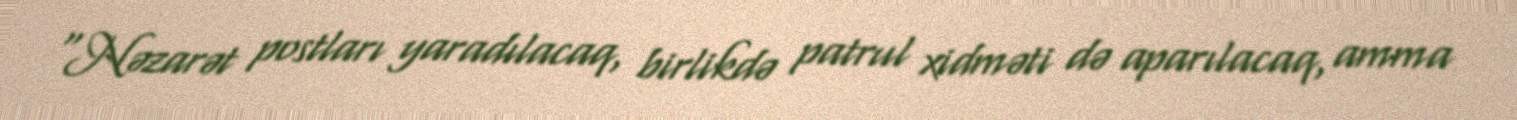
“Nəzarət postları yaradılacaq, birlikdə patrul xidməti də aparılacaq, amma